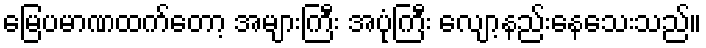
မြေပမာဏထက်တော့ အများကြီး အပုံကြီး လျော့နည်းနေသေးသည်။